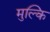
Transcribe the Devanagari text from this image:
मुल्कि